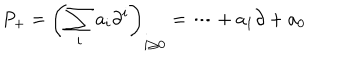
P _ { + } = \left( \sum _ { i } a _ { i } \partial ^ { i } \right) _ { i \geq 0 } = \cdots + a _ { 1 } \partial + a _ { 0 }